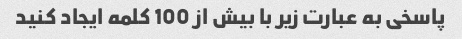
پاسخی به عبارت زیر با بیش از 100 کلمه ایجاد کنید